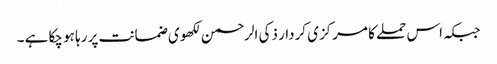
جبکہ اس حملے کا مرکزی کردار ذکی الرحمن لکھوی ضمانت پر رہا ہو چکا ہے ۔